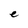
Character: e